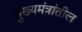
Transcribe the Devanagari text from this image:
मुख्यमंत्रांतील